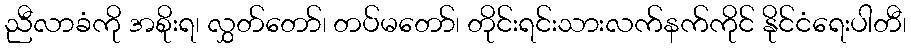
ညီလာခံကို အစိုးရ၊ လွှတ်တော်၊ တပ်မတော်၊ တိုင်းရင်းသားလက်နက်ကိုင် နိုင်ငံရေးပါတီ၊